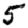
Digit: 5